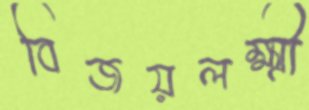
বিজয়লক্ষ্মী